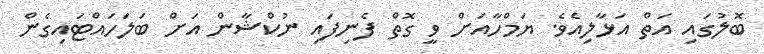
ބޮލުގައި އަތް އަޅާލިއެވެ. ޔަމްހާއަށް ވީ ގޮތް ފެނިފައި ނުކްޝާން އަށް ބަލަހައްޓައިގެން